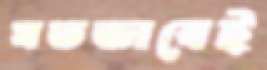
যতভাবেই